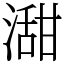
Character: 㵇